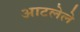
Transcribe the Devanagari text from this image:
आटलेले